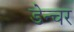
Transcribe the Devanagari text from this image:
डेन्चर